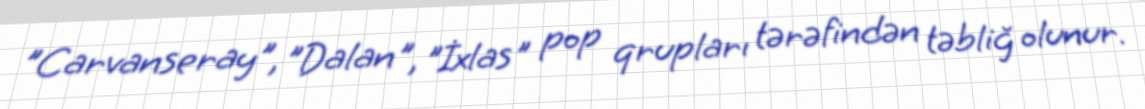
"Carvanseray", "Dalan", "İxlas" pop qrupları tərəfindən təbliğ olunur.